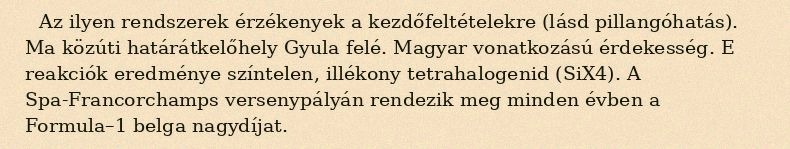
Az ilyen rendszerek érzékenyek a kezdőfeltételekre (lásd pillangóhatás). Ma közúti határátkelőhely Gyula felé. Magyar vonatkozású érdekesség. E reakciók eredménye színtelen, illékony tetrahalogenid (SiX4). A Spa-Francorchamps versenypályán rendezik meg minden évben a Formula–1 belga nagydíjat.